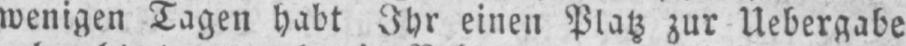
wenigen Tagen habt Ihr einen Platz zur Uebergabe